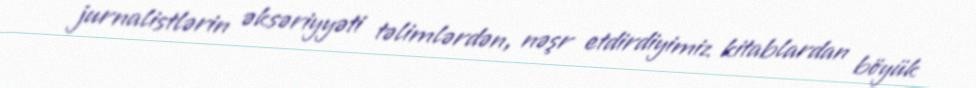
jurnalistlərin əksəriyyəti təlimlərdən, nəşr etdirdiyimiz kitablardan böyük